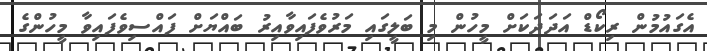
އެގައުމުން ރިކޯޑް އަދަދަކަށް މީހުން މި ބަލީގައި މަރުވެފައިވާއިރު ބައްޔަށް ފައްސިވެފައިވާ މީހުންގެ